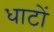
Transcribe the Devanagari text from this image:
धाटों